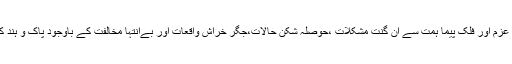
متین و ذہین محمد علی جناح نے اپنی آئینی جدوجہد اور بے مثال و بے نظیر قیادت و بصیرت، کوہ شکن عزم اور فلک پیما ہمت سے اَن گنت مشکلات ،حوصلہ شکن حالات،جگر خراش واقعات اور بےانتہا مخالفت کے باوجود پاک و ہند کے نو کروڑ مسلمانوں کو عظیم سلطنت ’’پاکستان ‘‘ کے لیے اُکسایا اور انہیں سربلندی و ظفر مندی ملی۔